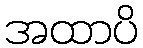
အထာပိ